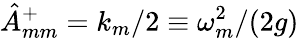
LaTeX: {\hat{A}}_{mm}^{+}=k_{m}/2\equiv\omega_{m}^{2}/(2g)